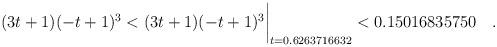
LaTeX: \begin{align*} (3t+1)(-t+1)^3 & < (3t+1)(-t+1)^3\biggr\rvert_{t=0.6263716632} < 0.15016835750 \quad . \end{align*}